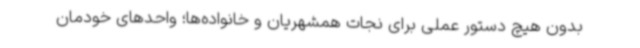
بدون هیچ دستور عملی برای نجات همشهریان و خانواده‌ها؛ واحدهای خودمان